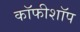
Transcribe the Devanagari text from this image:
कॉफीशॉप